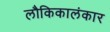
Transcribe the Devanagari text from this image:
लौकिकालंकार